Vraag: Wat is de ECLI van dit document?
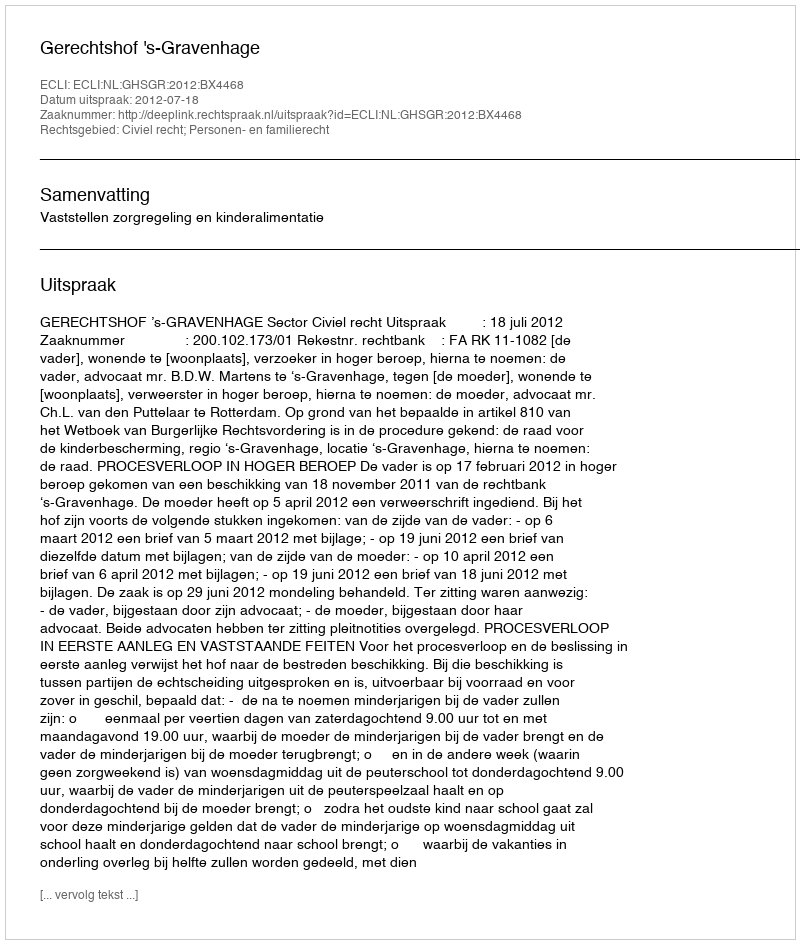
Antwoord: ECLI:NL:GHSGR:2012:BX4468